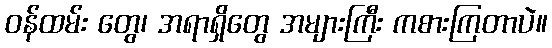
ဝန်ထမ်း တွေ၊ အရာရှိတွေ အများကြီး ကစားကြတာပဲ။